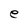
Character: e